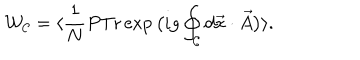
{ \cal W } _ { { \cal C } } = \langle \frac { 1 } { N } P \mathrm { T r } \exp \big ( i g \oint _ { { \cal C } } d \vec { x } \cdot \vec { A } \big ) \rangle .